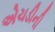
એચડીની